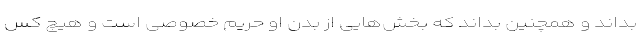
بداند و همچنین بداند که بخش‌هایی از بدن او حریم خصوصی است و هیچ کس